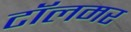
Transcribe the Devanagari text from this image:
टॉलमर